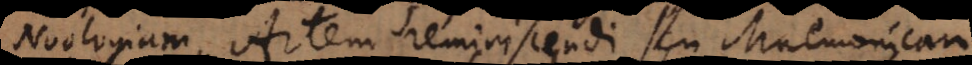
Noologiam, Artem reminiscendi seu Mnemonicam,